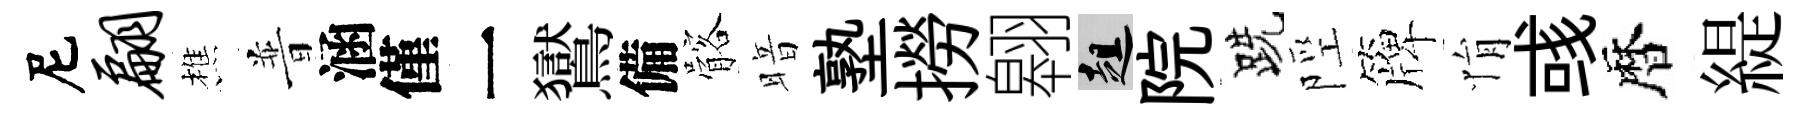
尼翩樵普涵僅一鸑備髂暗塾撈翱趄院跣陘簰悁彧暦緹